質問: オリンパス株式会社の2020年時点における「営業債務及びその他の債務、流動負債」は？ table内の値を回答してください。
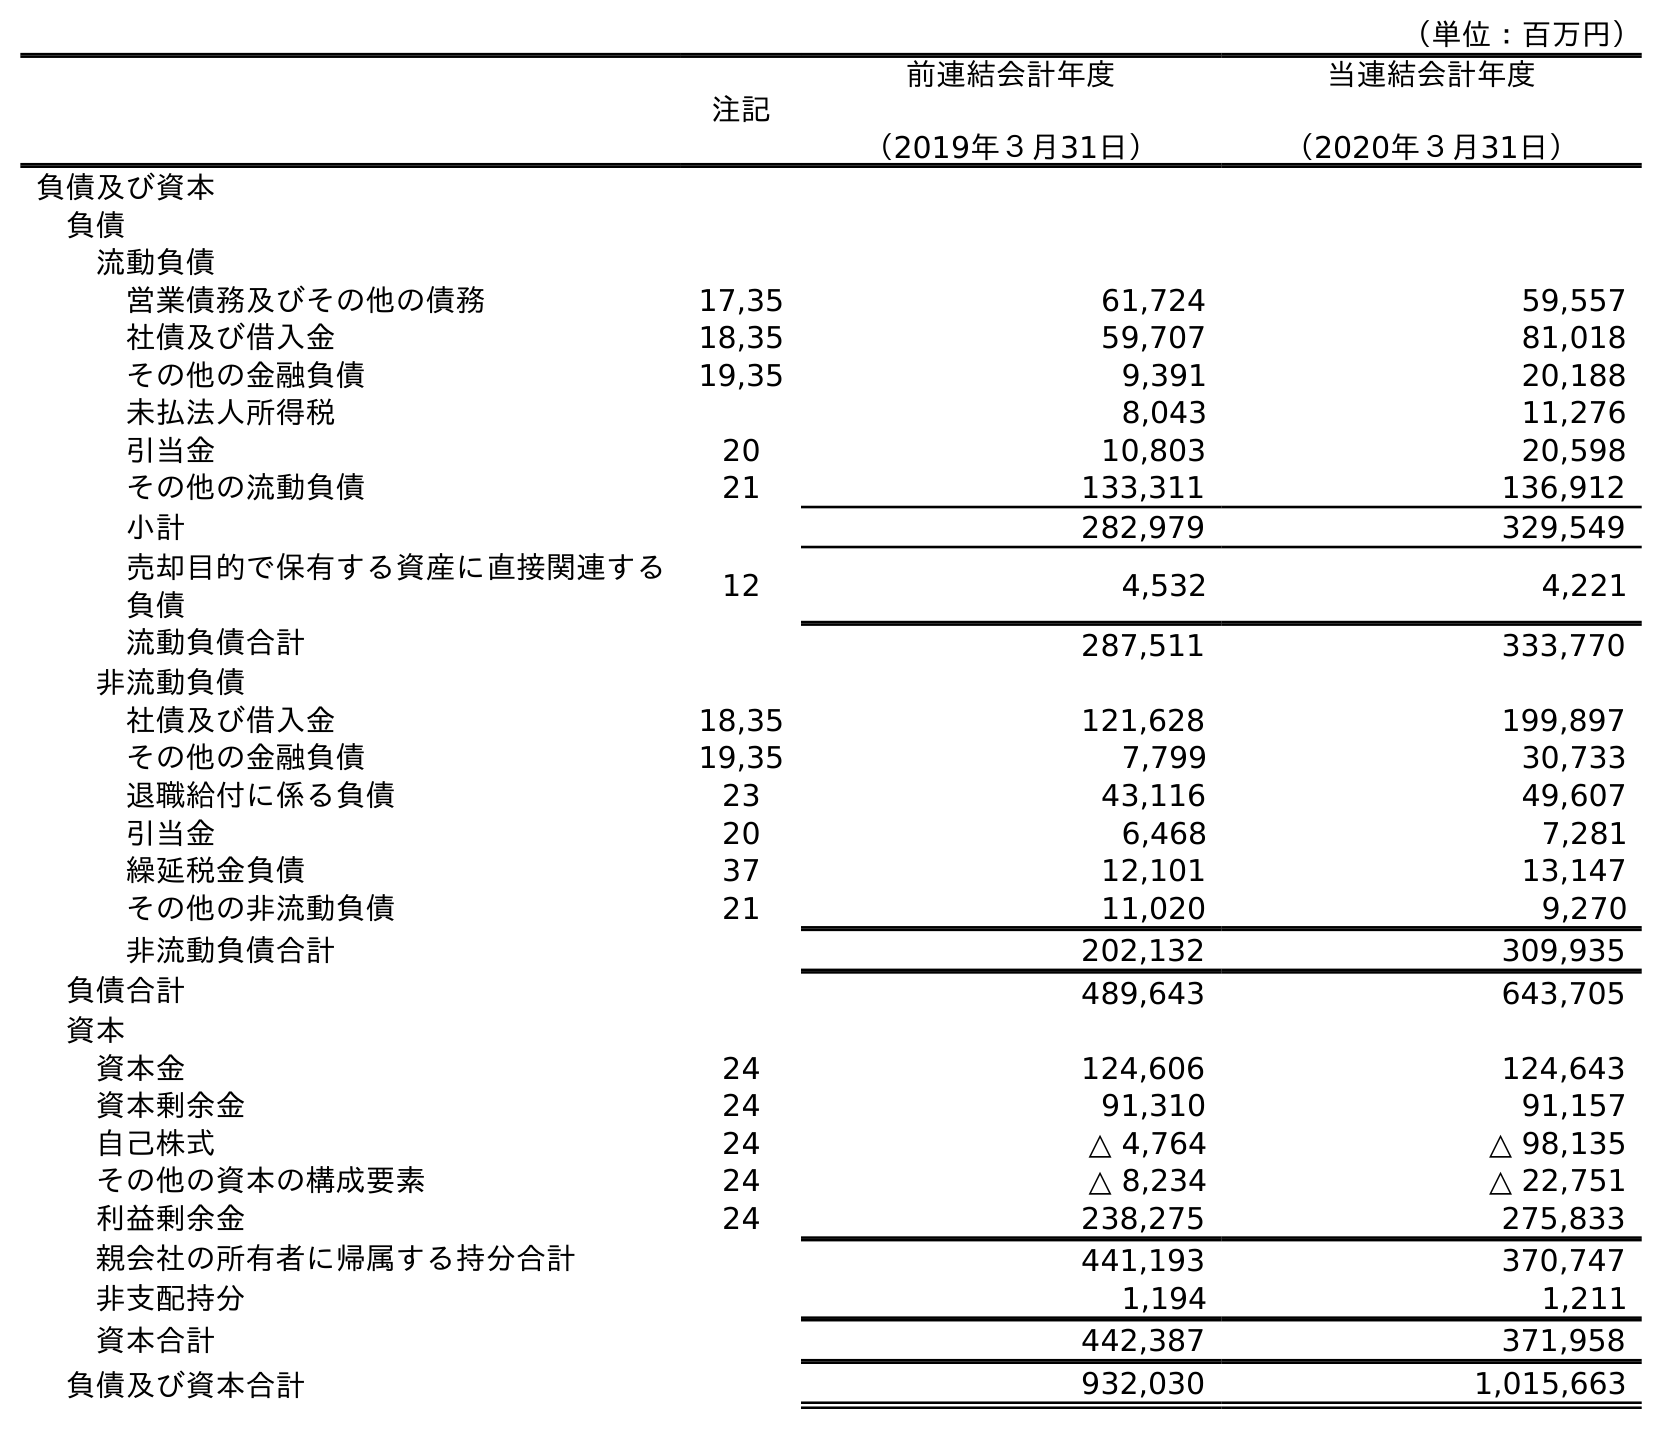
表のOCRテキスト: （単位：百万円） 注記 前連結会計年度 （2019年３月31日） 当連結会計年度 （2020年３月31日） 負債及び資本 負債 流動負債 営業債務及びその他の債務 17,35 61,724 59,557 社債及び借入金 18,35 59,707 81,018 その他の金融負債 19,35 9,391 20,188 未払法人所得税 8,043 11,276 引当金 20 10,803 20,598 その他の流動負債 21 133,311 136,912 小計 282,979 329,549 売却目的で保有する資産に直接関連する 負債 12 4,532 4,221 流動負債合計 287,511 333,770 非流動負債 社債及び借入金 18,35 121,628 199,897 その他の金融負債 19,35 7,799 30,733 退職給付に係る負債 23 43,116 49,607 引当金 20 6,468 7,281 繰延税金負債 37 12,101 13,147 その他の非流動負債 21 11,020 9,270 非流動負債合計 202,132 309,935 負債合計 489,643 643,705 資本 資本金 24 124,606 124,643 資本剰余金 24 91,310 91,157 自己株式 24 △ 4,764 △ 98,135 その他の資本の構成要素 24 △ 8,234 △ 22,751 利益剰余金 24 238,275 275,833 親会社の所有者に帰属する持分合計 441,193 370,747 非支配持分 1,194 1,211 資本合計 442,387 371,958 負債及び資本合計 932,030 1,015,663
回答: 59,557